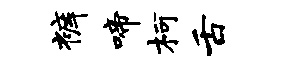
裤啼柯舌